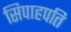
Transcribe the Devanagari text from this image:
सिपाहपति